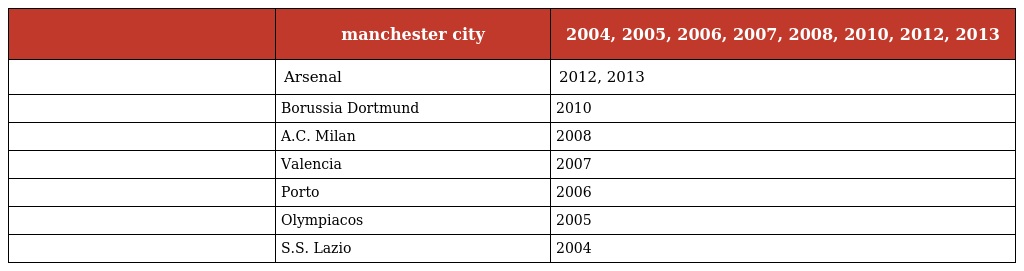
|  | manchester city | 2004, 2005, 2006, 2007, 2008, 2010, 2012, 2013 |
 | --- | --- | --- |
 |  | Arsenal | 2012, 2013 |
 |  | Borussia Dortmund | 2010 |
 |  | A.C. Milan | 2008 |
 |  | Valencia | 2007 |
 |  | Porto | 2006 |
 |  | Olympiacos | 2005 |
 |  | S.S. Lazio | 2004 |